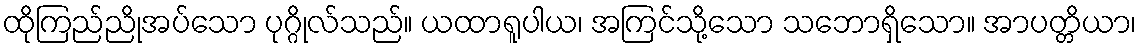
ထိုကြည်ညိုအပ်သော ပုဂ္ဂိုလ်သည်။ ယထာရူပါယ၊ အကြင်သို့သော သဘောရှိသော။ အာပတ္တိယာ၊